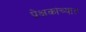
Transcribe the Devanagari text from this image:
प्रेक्षकांच्यात